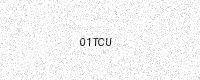
Text: 01TCU